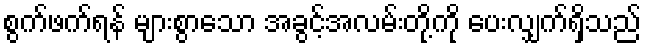
စွက်ဖက်ရန် များစွာသော အခွင့်အလမ်းတို့ကို ပေးလျှက်ရှိသည်